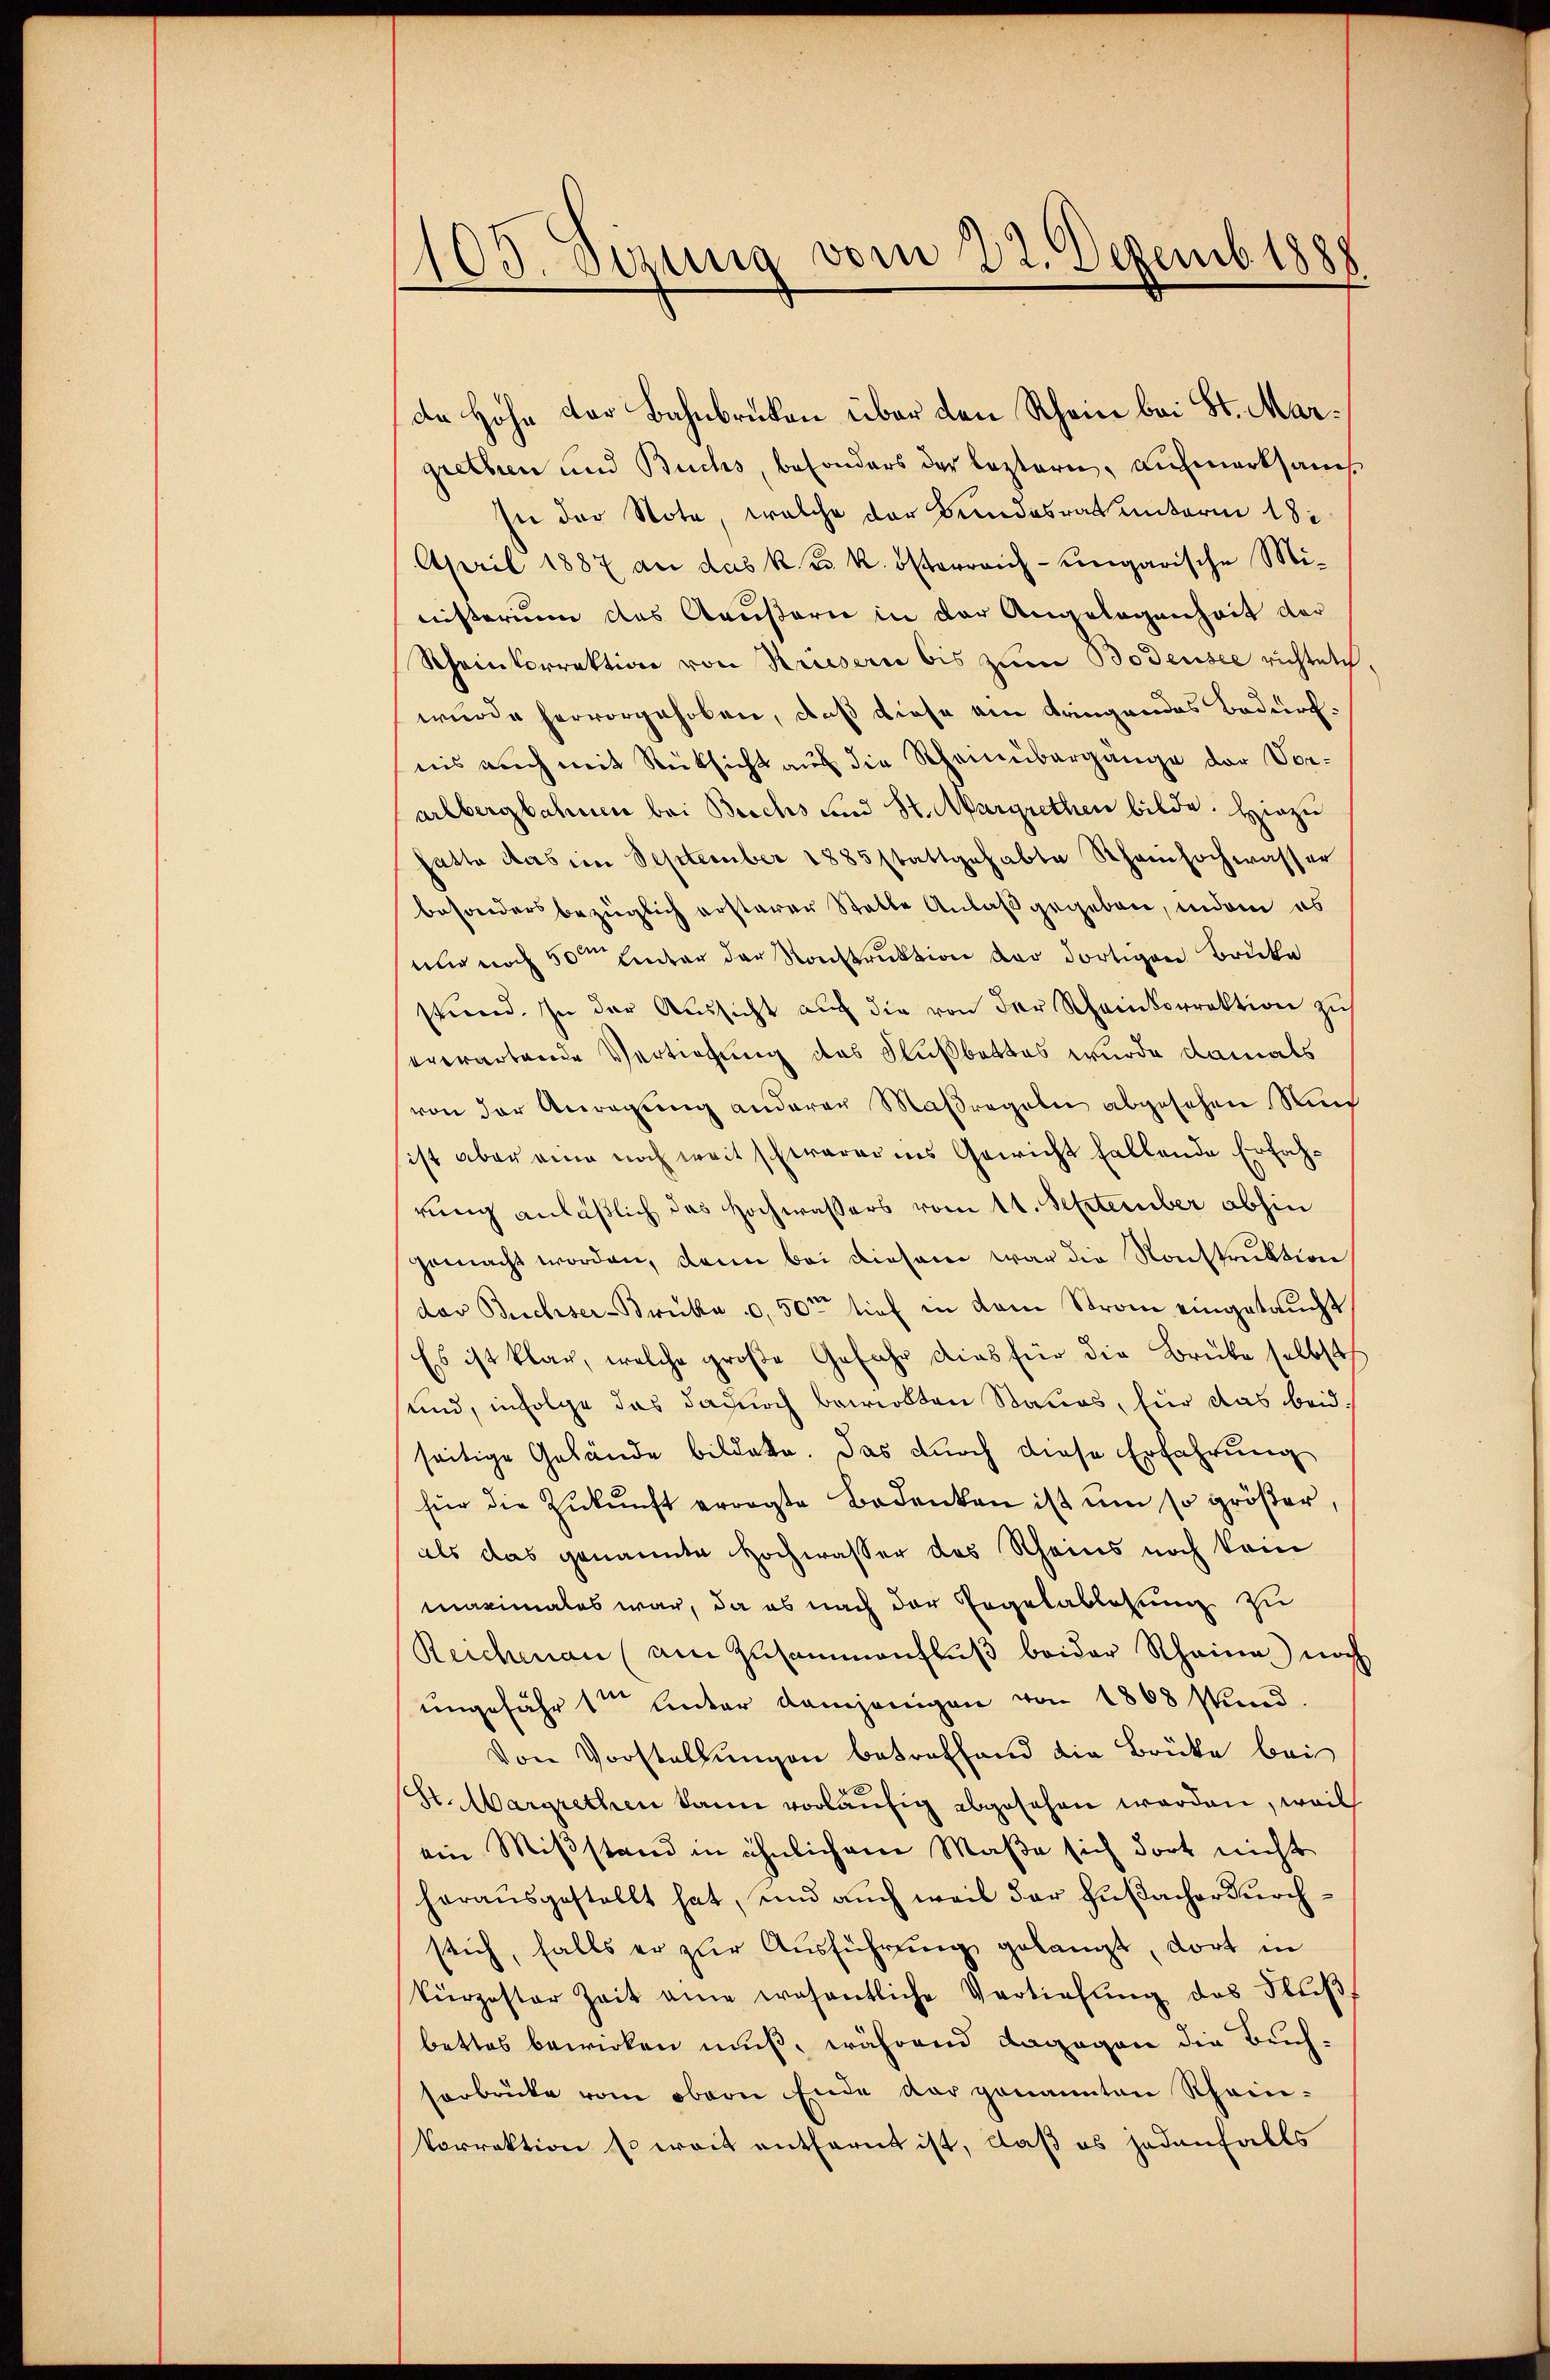
105. Dezung vom 22. Dezemb. 1888

de Hohe der Bahnbrücken über den Rhein bei St. Margrethen und Buchs, besonders der leztern, aufmerksamt
sie der Note, welche der Bundesrat unterm 18.
April 1887 an das k. k. k. österreich-ungarische Mi-
nisterium das Aeußern in der Angelegenheit der
Rheinkorrektion von Krisern bis zum Bodensee richtete.
wurde hervorgehoben, daß diese am dringendes Bedürfnis auch mit Rücksicht aus die Scheinübergänge der Vorarlbergbahnen bei Brechs und St. Margrethen bilde. Hiezu
hatte das im September 1885 stattgehabte Rheinhochwasser
besonders bezüglich ersterer Statte Anlaß gegeben, indem es
nur noch 50sten Enter der Konstruktion der dortigen Brücke
stand. In der Aŭssicht aŭf die von der Scheinkorrektion zŭ
erwartende Vertiefung des Flußbettes wurde damals
von der Anregung anderer Maßregeln abgesehen Sin
ist aber eine noch weit schwerer ins Gewicht fallende Erfahrung anläßlich das Hochwassers vom 11. September abhin
gemacht worden, dann bei diesem war die Konstruktion
das Buchser-Brücke u. 50te tief in dem Strom eingetaucht
Es ist klar, welche große Gefahr dies für die Brüke selbst
suind, infolge das dadurch bewirkten Stauos, für das beid.
seitige Gebäude bildete. Das durch diese Erfahrung
für die Zŭkŭnft erragte Bedenken ist um so größer,
als das genannte Hochwasser des Scheins noch kein
maximales war, da es nach der Regelablesung zu
Reichmann (am Zusammenfluß beider Rheine noch
ungefähr 1te unter demjenigen von 1868 stand.
Von Vorstellungen betreffend die Brücke bei
St. Margrethen kann vorläufig abgesehen werden, weil
ein Mißstand in ähnlichem Maße sich dort nicht
herausgestellt hat, und auch weil der Fußacher durchstich, falls er zur Ausführung gelangt, dort in
kürzester Zeit eine wesentliche Vertiefŭng des Flŭβ
bettes bewirken muß, während dagegen die Beichsorbrücke vom obern Ende der genannten Rhein-
Vorrektion so weit entfernt ist, daß es jedenfalls